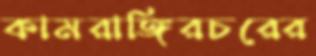
কামরাঙ্গিরচরের